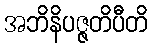
အဘိနိပဇ္ဇတိပီတိ